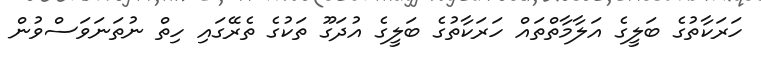
ހަރަކާތުގެ ބަލީގެ އަލާމާތްތައް ހަރަކާތުގެ ބަލީގެ އުދަގޫ ތަކުގެ ތެރޭގައި ހިތް ނުތަނަވަސްވުން